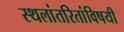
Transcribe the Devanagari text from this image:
स्थलांतरितांविषयी